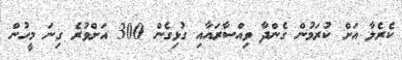
ކެރެލާ އަށް ކުރަމުން ގެންދާ ވިއްސާރައާއި ގުޅިގެން 300 އަށްވުރެ ގިނަ މީހުން